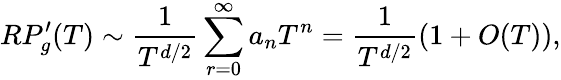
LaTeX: RP_{g}^{\prime}(T)\sim\frac{1}{T^{d/2}}\sum_{r=0}^{\infty}a_{n}T^{n}=\frac{1}{T^{d/2}}(1+O(T)),